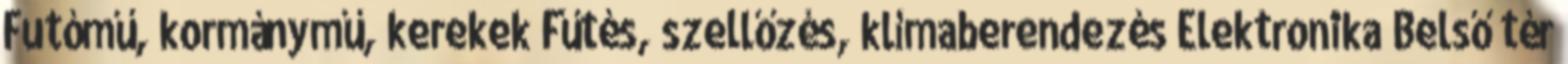
Futómű, kormánymű, kerekek Fűtés, szellőzés, klímaberendezés Elektronika Belső tér